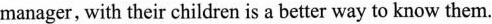
manager,with their children is a better way to know them.